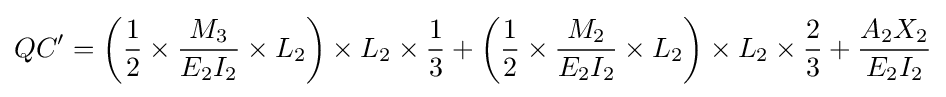
QC'=\left({\frac {1}{2}}\times {\frac {M_{3}}{E_{2}I_{2}}}\times L_{2}\right)\times L_{2}\times {\frac {1}{3}}+\left({\frac {1}{2}}\times {\frac {M_{2}}{E_{2}I_{2}}}\times L_{2}\right)\times L_{2}\times {\frac {2}{3}}+{\frac {A_{2}X_{2}}{E_{2}I_{2}}}